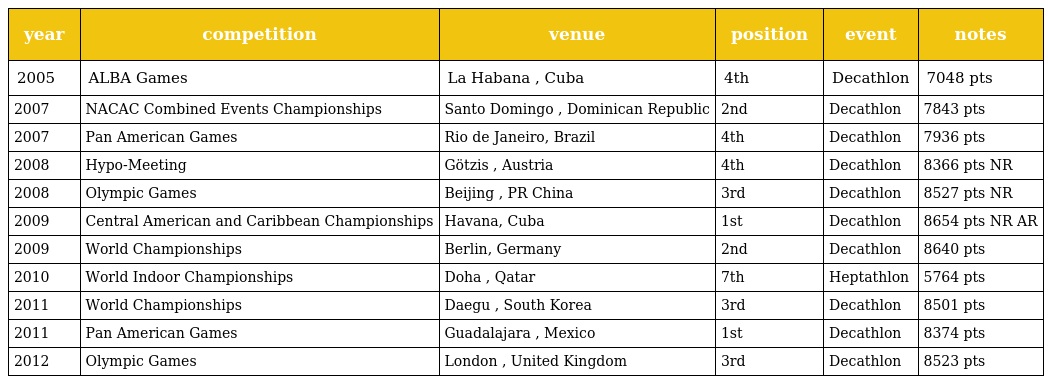
| year | competition | venue | position | event | notes |
 | --- | --- | --- | --- | --- | --- |
 | 2005 | ALBA Games | La Habana , Cuba | 4th | Decathlon | 7048 pts |
 | 2007 | NACAC Combined Events Championships | Santo Domingo , Dominican Republic | 2nd | Decathlon | 7843 pts |
 | 2007 | Pan American Games | Rio de Janeiro, Brazil | 4th | Decathlon | 7936 pts |
 | 2008 | Hypo-Meeting | Götzis , Austria | 4th | Decathlon | 8366 pts NR |
 | 2008 | Olympic Games | Beijing , PR China | 3rd | Decathlon | 8527 pts NR |
 | 2009 | Central American and Caribbean Championships | Havana, Cuba | 1st | Decathlon | 8654 pts NR AR |
 | 2009 | World Championships | Berlin, Germany | 2nd | Decathlon | 8640 pts |
 | 2010 | World Indoor Championships | Doha , Qatar | 7th | Heptathlon | 5764 pts |
 | 2011 | World Championships | Daegu , South Korea | 3rd | Decathlon | 8501 pts |
 | 2011 | Pan American Games | Guadalajara , Mexico | 1st | Decathlon | 8374 pts |
 | 2012 | Olympic Games | London , United Kingdom | 3rd | Decathlon | 8523 pts |